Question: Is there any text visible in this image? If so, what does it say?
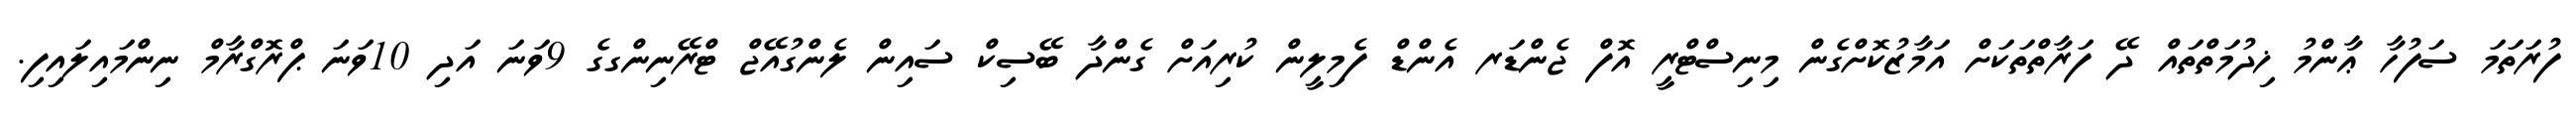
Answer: ފުރަތަމަ ސަފުހާ ޢާންމު ޚިދުމަތްތައް ދޭ ފަރާތްތަކަށް އަމާޒުކޮށްގެން މިނިސްޓްރީ އޮފް ޖެންޑަރ އެންޑް ފެމިލީން ކުރިއަށް ގެންދާ ބޭސިކް ސައިން ލެންގުއޭޖް ޓްރޭނިންގގެ 9ވަނަ އަދި 10ވަނަ ޕްރޮގްރާމް ނިންމައިލައިފި.